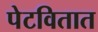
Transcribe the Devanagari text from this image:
पेटवितात